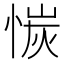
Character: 𫺣